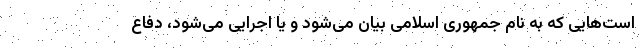
است‌هایی که به نام جمهوری اسلامی بیان می‌شود و یا اجرایی می‌شود، دفاع